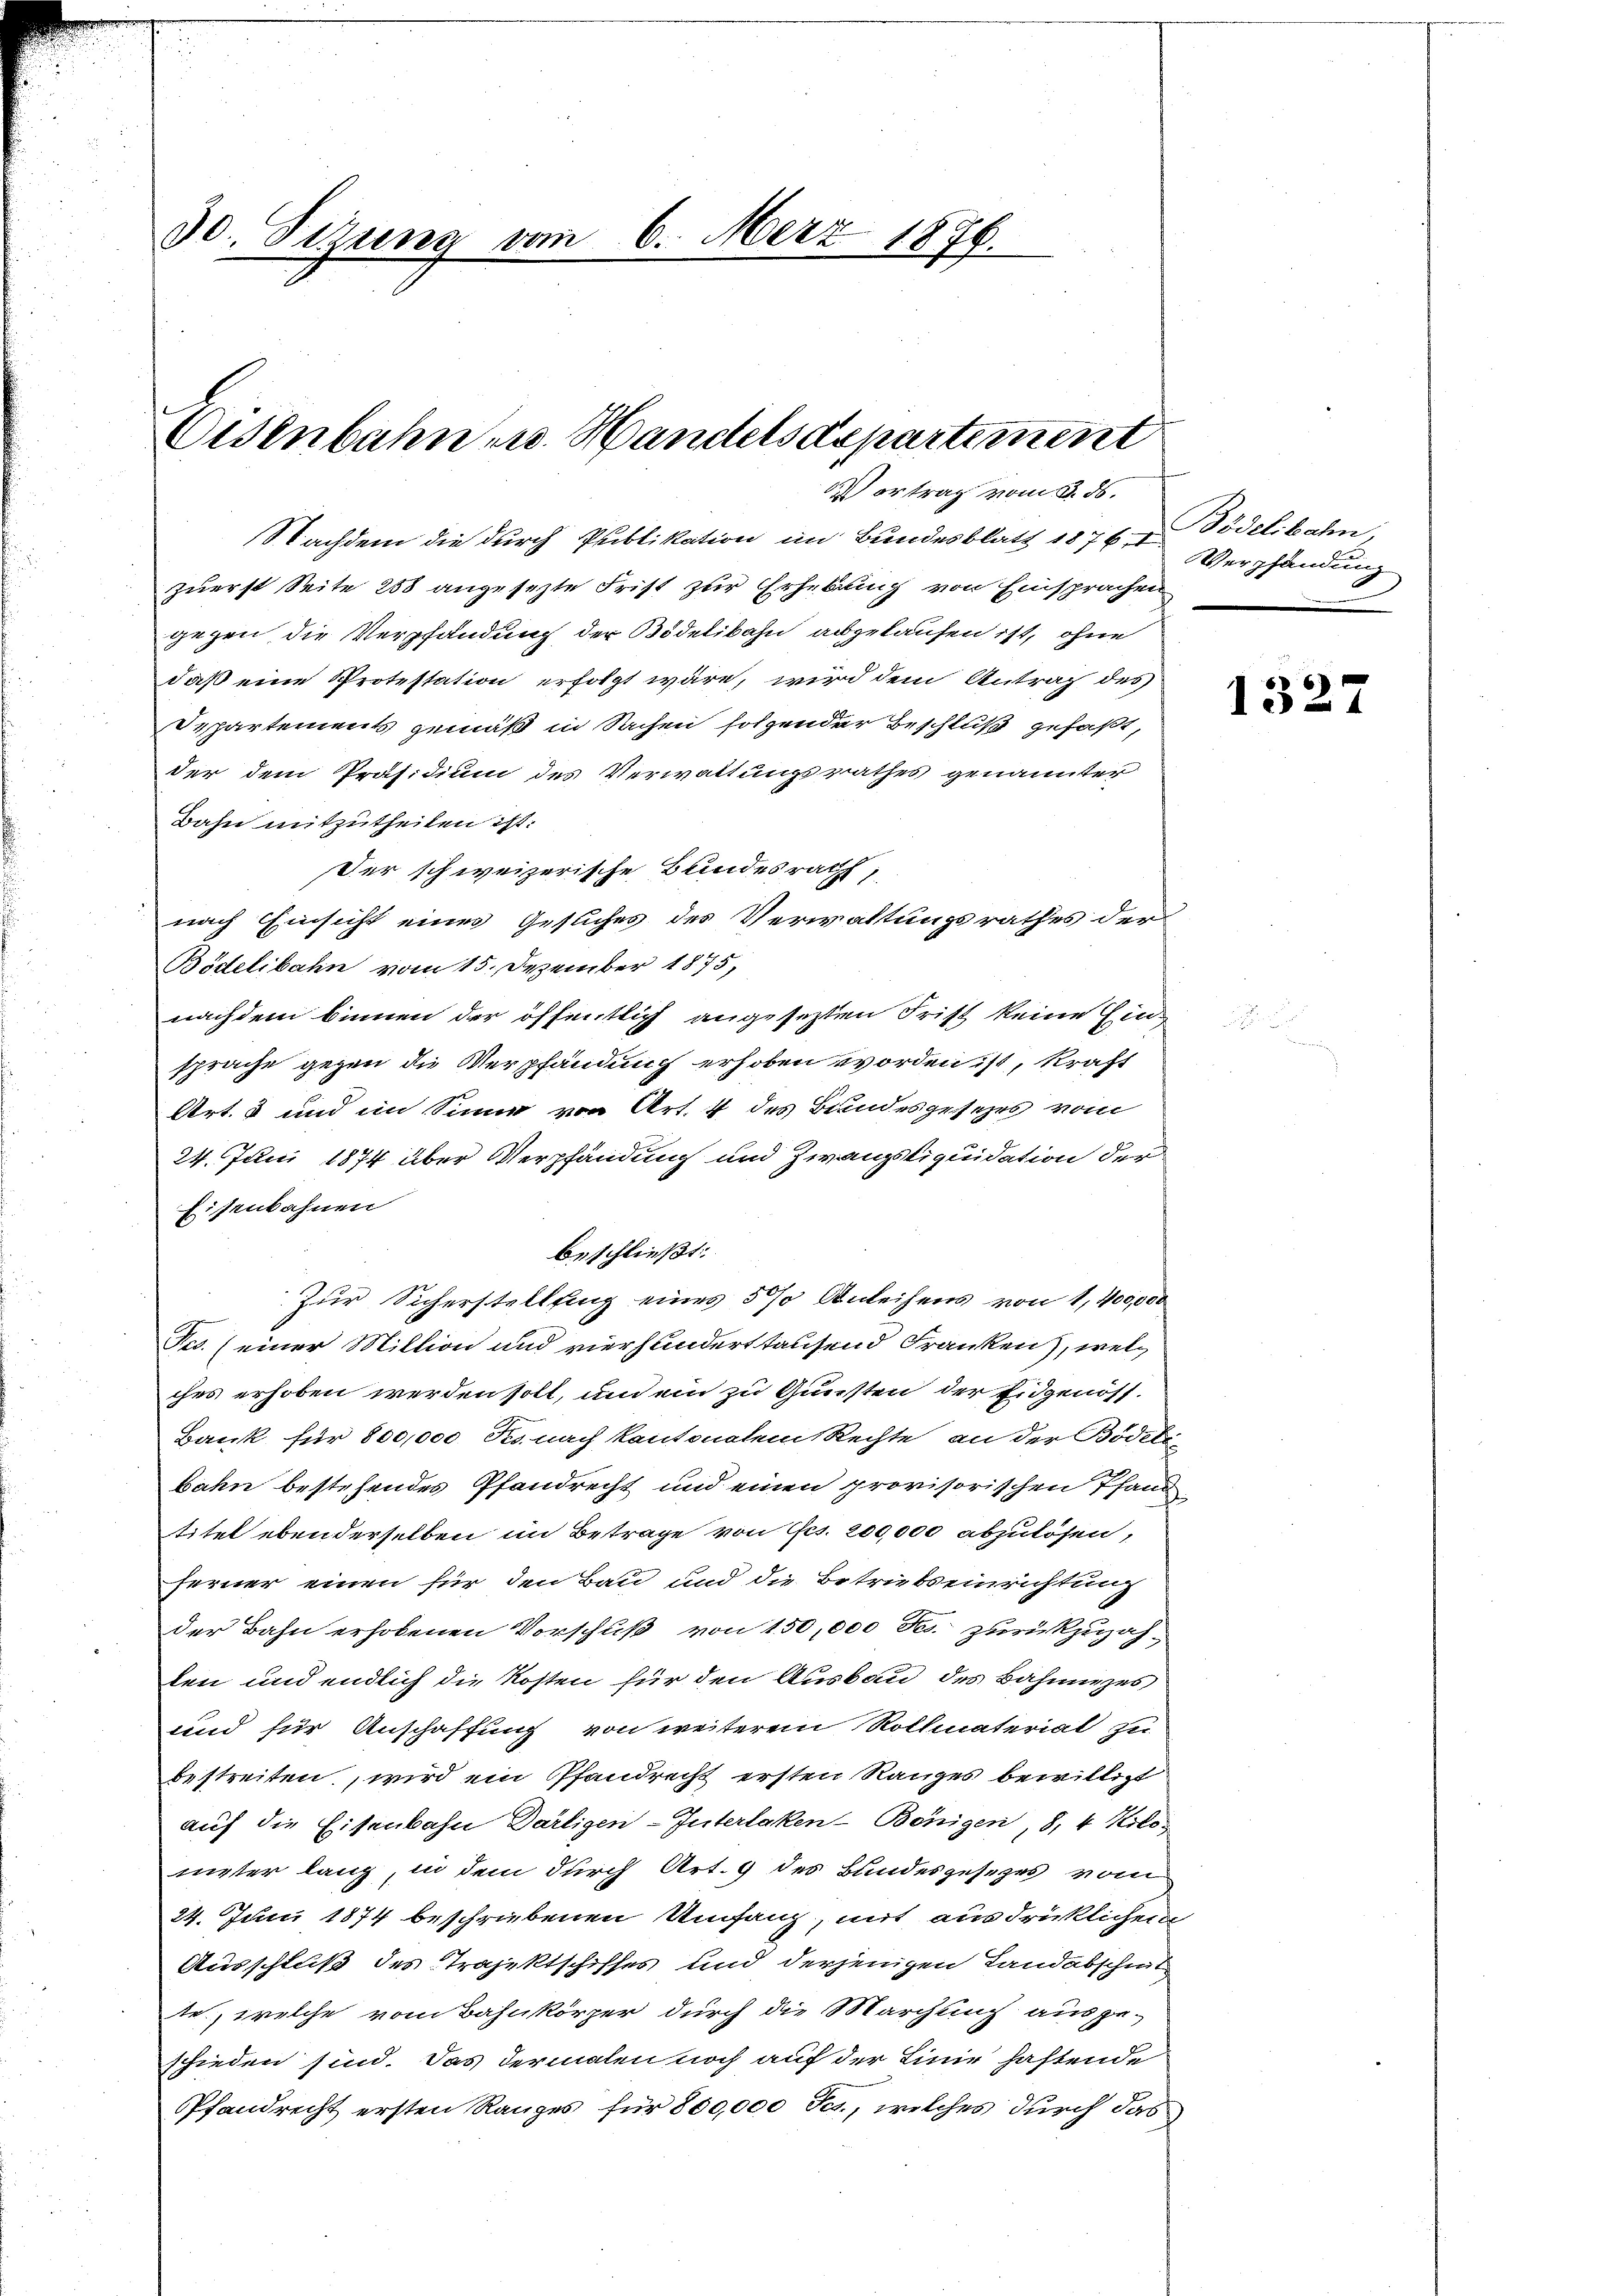
30. Sitzung vom 6. März 1876.

Osenbahn u. Handelsdepartement

Nachdem die durch Publikation im Bundesblatt 1876. I
zuerst Seite 258 angesezte Frist zur Erhebung von Einsprachen
gegen die Verpfändung der Bödelibahn abgekaufen ist, ohne
daß eine Protestation erfolgt wäre, wird dem Antrag des
Departements gemäß in Sachen folgender Beschluß gefaßt,
der dem Präsidium des Verwaltungsrathes genannter
Bahn mitzutheilen ist:
Der schweizerische Bundesrath,
nach Einsicht eines Gesuches des Verwaltungsrathes der
Bödelibahn vom 15. Dezember 1875,
nachdem binnen der öffentlich angesezten Frist keine Ein-
sprache gegen die Verpfändung erhoben worden ist, kraft
Art. 8 und im Sinne von Art. 4 des Bundesgesezes vom
24. Juni 1874 über Verpfändung und Zwangsliquidation der
Eisenbahnen
beschließt:
Zur Sicherstellfing eines 5 % Anleihens von 1,400,000
Jes. (einer Million und vierhandert tausend Franken, welches erhoben werden soll, und ein zu Gunsten der Eidgenöss.
Bank für 800,000 Fr. nach kantonalem Rechte, an der Bödeli-
bahn bestehendes Pfandrecht und einen provisorischen Pfand
titel ebenderselben im Betrage von Ges. 200,000 abzulösen,
ferner einen für den Bau und die Betriebseinrichtung
der Bahn erhobenen Vorschuß von 150,000 Fr. zurückzuzah-
ten und endlich die Kosten für den Ausbau des Bahnges
und für Anschaffung von weiterem Rollmaterial zu
bestreiten, wird ein Pfandrecht ersten Ranges bewilligt
auf die Eisenbahn Dartigen-Interlaken-Benigen, 8, 4 Kolo-
meter lang, in dem durch Art. 9 des Bundesgesezes von
24. Juni 1874 beschriebenen Umfang, mit ausdrücklicher
Ausschluß des Trajektschiffes und derjenigen Landabschmit
te, welche vom Bahnkörper durch die Marchung auszu-
schieden sind. Das dermalen noch auf der Linie haftende
Pfandrecht ersten Ranges für 800,000 Ja, welches durch das

ertrag vom 3. ds.

Bidelibahn,
Verpfändung

1327